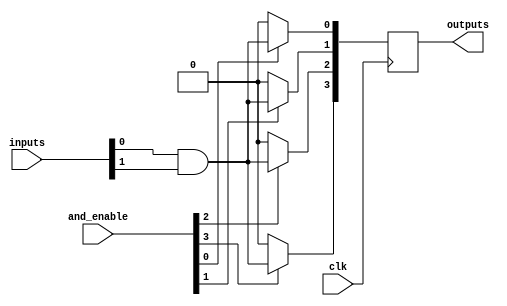
module RPAL #(
    parameter NUM_INPUTS = 8,      // Number of inputs
    parameter NUM_AND_GATES = 4,    // Number of AND gates
    parameter NUM_OUTPUTS = 4       // Number of outputs
)(
    input wire clk,                  // Clock input
    input wire [NUM_INPUTS-1:0] inputs, // Input signals
    input wire [NUM_AND_GATES-1:0] and_enable, // Control signals for AND gates
    output reg [NUM_OUTPUTS-1:0] outputs // Registered outputs
);

// Internal wires for AND gate outputs
wire [NUM_AND_GATES-1:0] and_outputs [0:NUM_INPUTS-1];

// Programmable AND array
genvar i, j;
generate
    for (i = 0; i < NUM_AND_GATES; i = i + 1) begin : and_gate
        assign and_outputs[i] = (and_enable[i]) ? (inputs[0] & inputs[1]) : 1'b0; // Example logic
        // Extend this logic to combine more inputs as needed
    end
endgenerate

// Registered outputs
always @(posedge clk) begin
    outputs[0] <= and_outputs[0]; // Register output from AND gate 0
    outputs[1] <= and_outputs[1]; // Register output from AND gate 1
    outputs[2] <= and_outputs[2]; // Register output from AND gate 2
    outputs[3] <= and_outputs[3]; // Register output from AND gate 3
end

endmodule